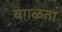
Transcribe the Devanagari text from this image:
वग़ळता